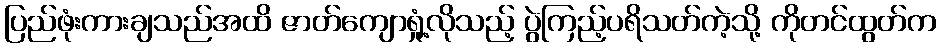
ပြည်ဖုံးကားချသည်အထိ ဇာတ်ကျောရှုံ့လိုသည့် ပွဲကြည့်ပရိသတ်ကဲ့သို့ ကိုတင်ထွတ်က